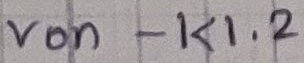
Text: von - K1.2